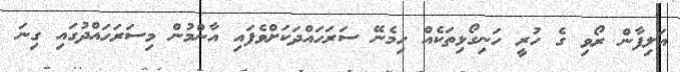
އަލިފާން ރޯވި ގެ ހުރީ ހަނިގޯޅިތަކެއް ހިމެނޭ ސަރަަހައްދަކަށްވެފައި އާންމުން މިސަރަހައްދުގައި ގިނަ